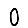
Digit: 0